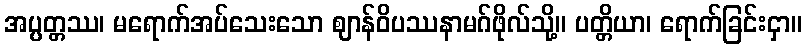
အပ္ပတ္တဿ၊ မရောက်အပ်သေးသော ဈာန်ဝိပဿနာမဂ်ဖိုလ်သို့။ ပတ္တိယာ၊ ရောက်ခြင်းငှာ။